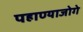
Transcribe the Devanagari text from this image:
पहाण्याजोगे